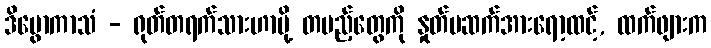
ဒိဗွောကာသံ - ရုတ်တရက်သားဟာမို့ တပည့်တွေကို နှုတ်မဆက်အားရော့ထင့်, ထက်ဖျားက